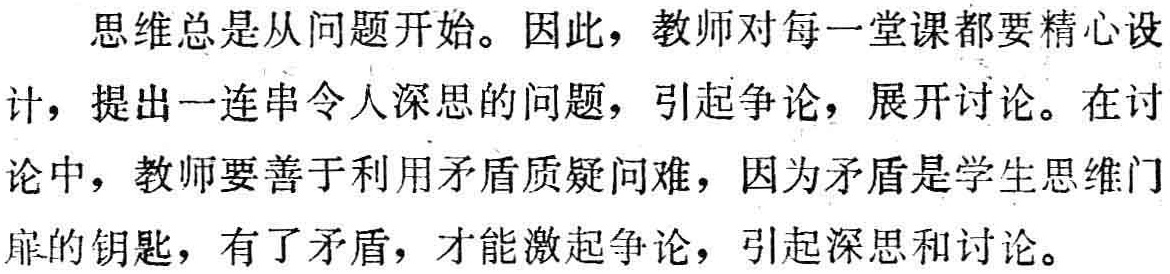
思维总是从问题开始。因此，教师对每一堂课都要精心设计，提出一连串令人深思的问题，引起争论，展开讨论。在讨论中，教师要善于利用矛盾质疑问难，因为矛盾是学生思维门扉的钥匙，有了矛盾，才能激起争论，引起深思和讨论。